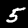
Digit: 5